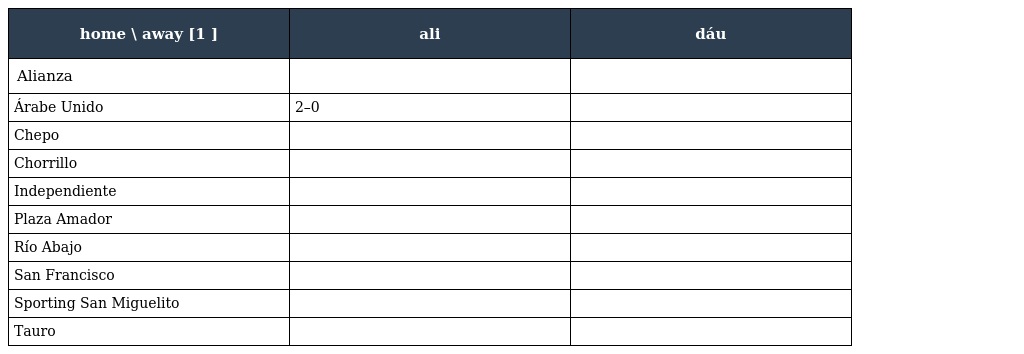
| home \ away [1 ] | ali | dáu |
 | --- | --- | --- |
 | Alianza |  |  |
 | Árabe Unido | 2–0 |  |
 | Chepo |  |  |
 | Chorrillo |  |  |
 | Independiente |  |  |
 | Plaza Amador |  |  |
 | Río Abajo |  |  |
 | San Francisco |  |  |
 | Sporting San Miguelito |  |  |
 | Tauro |  |  |